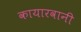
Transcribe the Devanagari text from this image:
कायारवानी